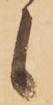
候